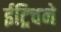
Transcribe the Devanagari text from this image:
ईट्रिचने